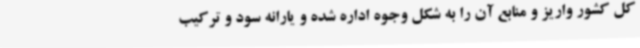
کل کشور واریز و منابع آن را به شکل وجوه اداره شده و یارانه سود و ترکیب